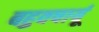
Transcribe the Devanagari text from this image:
बहुवषार्यू